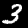
Digit: 3